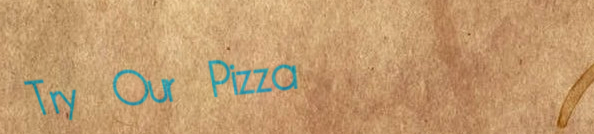
Try Our Pizza